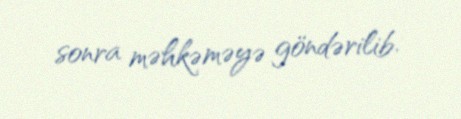
sonra məhkəməyə göndərilib.